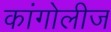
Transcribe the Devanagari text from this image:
कांगोलीज